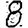
Digit: 8